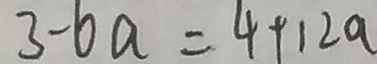
3 - 6 a = 4 + 1 2 a